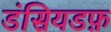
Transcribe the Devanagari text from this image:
डंसियडफ़